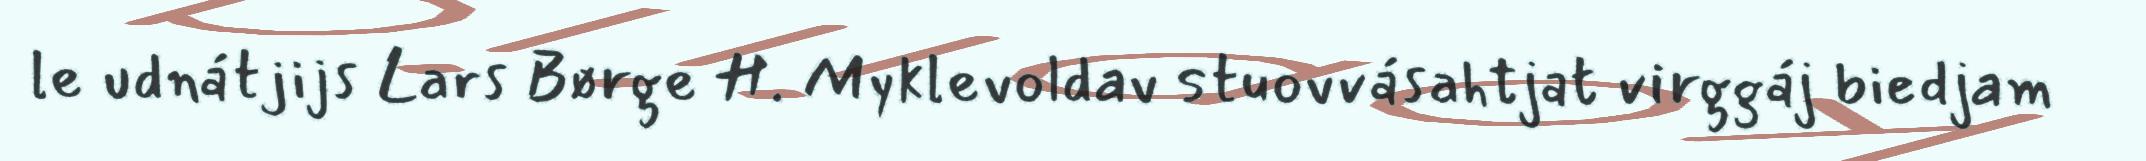
le udnátjijs Lars Børge H. Myklevoldav stuovvásahtjat virggáj biedjam